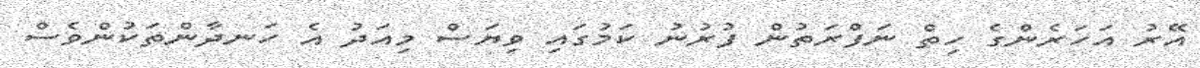
އޭރު އަހަރެންގެ ހިތް ނަފްރަތުން ފުރުނު ކަމުގައި ވިޔަސް މިއަދު އެ ހަނދާންތަކުންވެސް